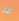
قد